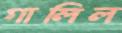
গালিল